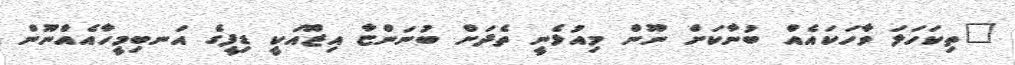
"ތިކަހަލަ ވާހަކައެއް ބުނާކަށް ނޫން މިއުޅެނީ ތެދަށް ބުނަންޏާ އިޒޫއަކީ ޑިފީގެ އަނބިމީހާއެއްނޫން